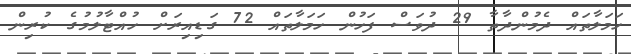
ހަމަލާތައް ދެމުންދާތާ 29 ދުވަސް ފަހުން ހަމަލާތައް 72 ގަޑިއިރަށް ހުއްޓާލުމުގެ ކުރިން